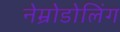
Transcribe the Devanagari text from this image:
नेम्रोडोलिंग